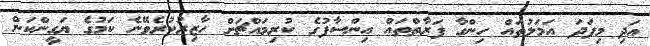
އަދި މިފަދަ އަމަލުތައް ހިންގާ ފަރާތްތައް އިންސާފުގެ ކުރިމައްޗަށް ހާޒިރުކުރެވޭނެ ކަމުގެ ޔަގީންކަން